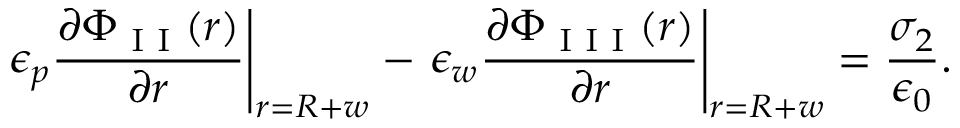
\left. \epsilon _ { p } \frac { \partial \Phi _ { \textrm { I I } } ( r ) } { \partial r } \right| _ { r = R + w } - \left. \epsilon _ { w } \frac { \partial \Phi _ { \textrm { I I I } } ( r ) } { \partial r } \right| _ { r = R + w } = \frac { \sigma _ { 2 } } { \epsilon _ { 0 } } .